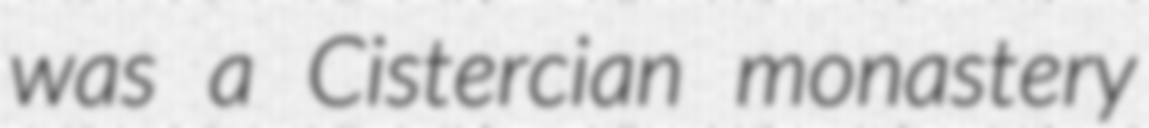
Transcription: was a Cistercian monastery